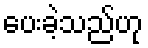
ပေးခဲ့သည်ဟု